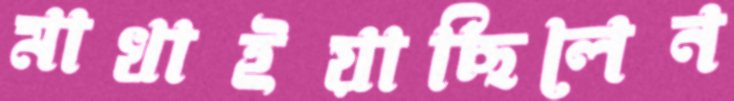
মাখাইয়াছিলেন